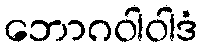
ဘောဂဝါဝါဒံ